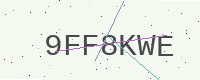
Text: 9FF8KWE